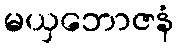
မယှဘောဇနံ